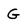
Character: G